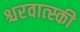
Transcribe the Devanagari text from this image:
श्चरवात्स्की